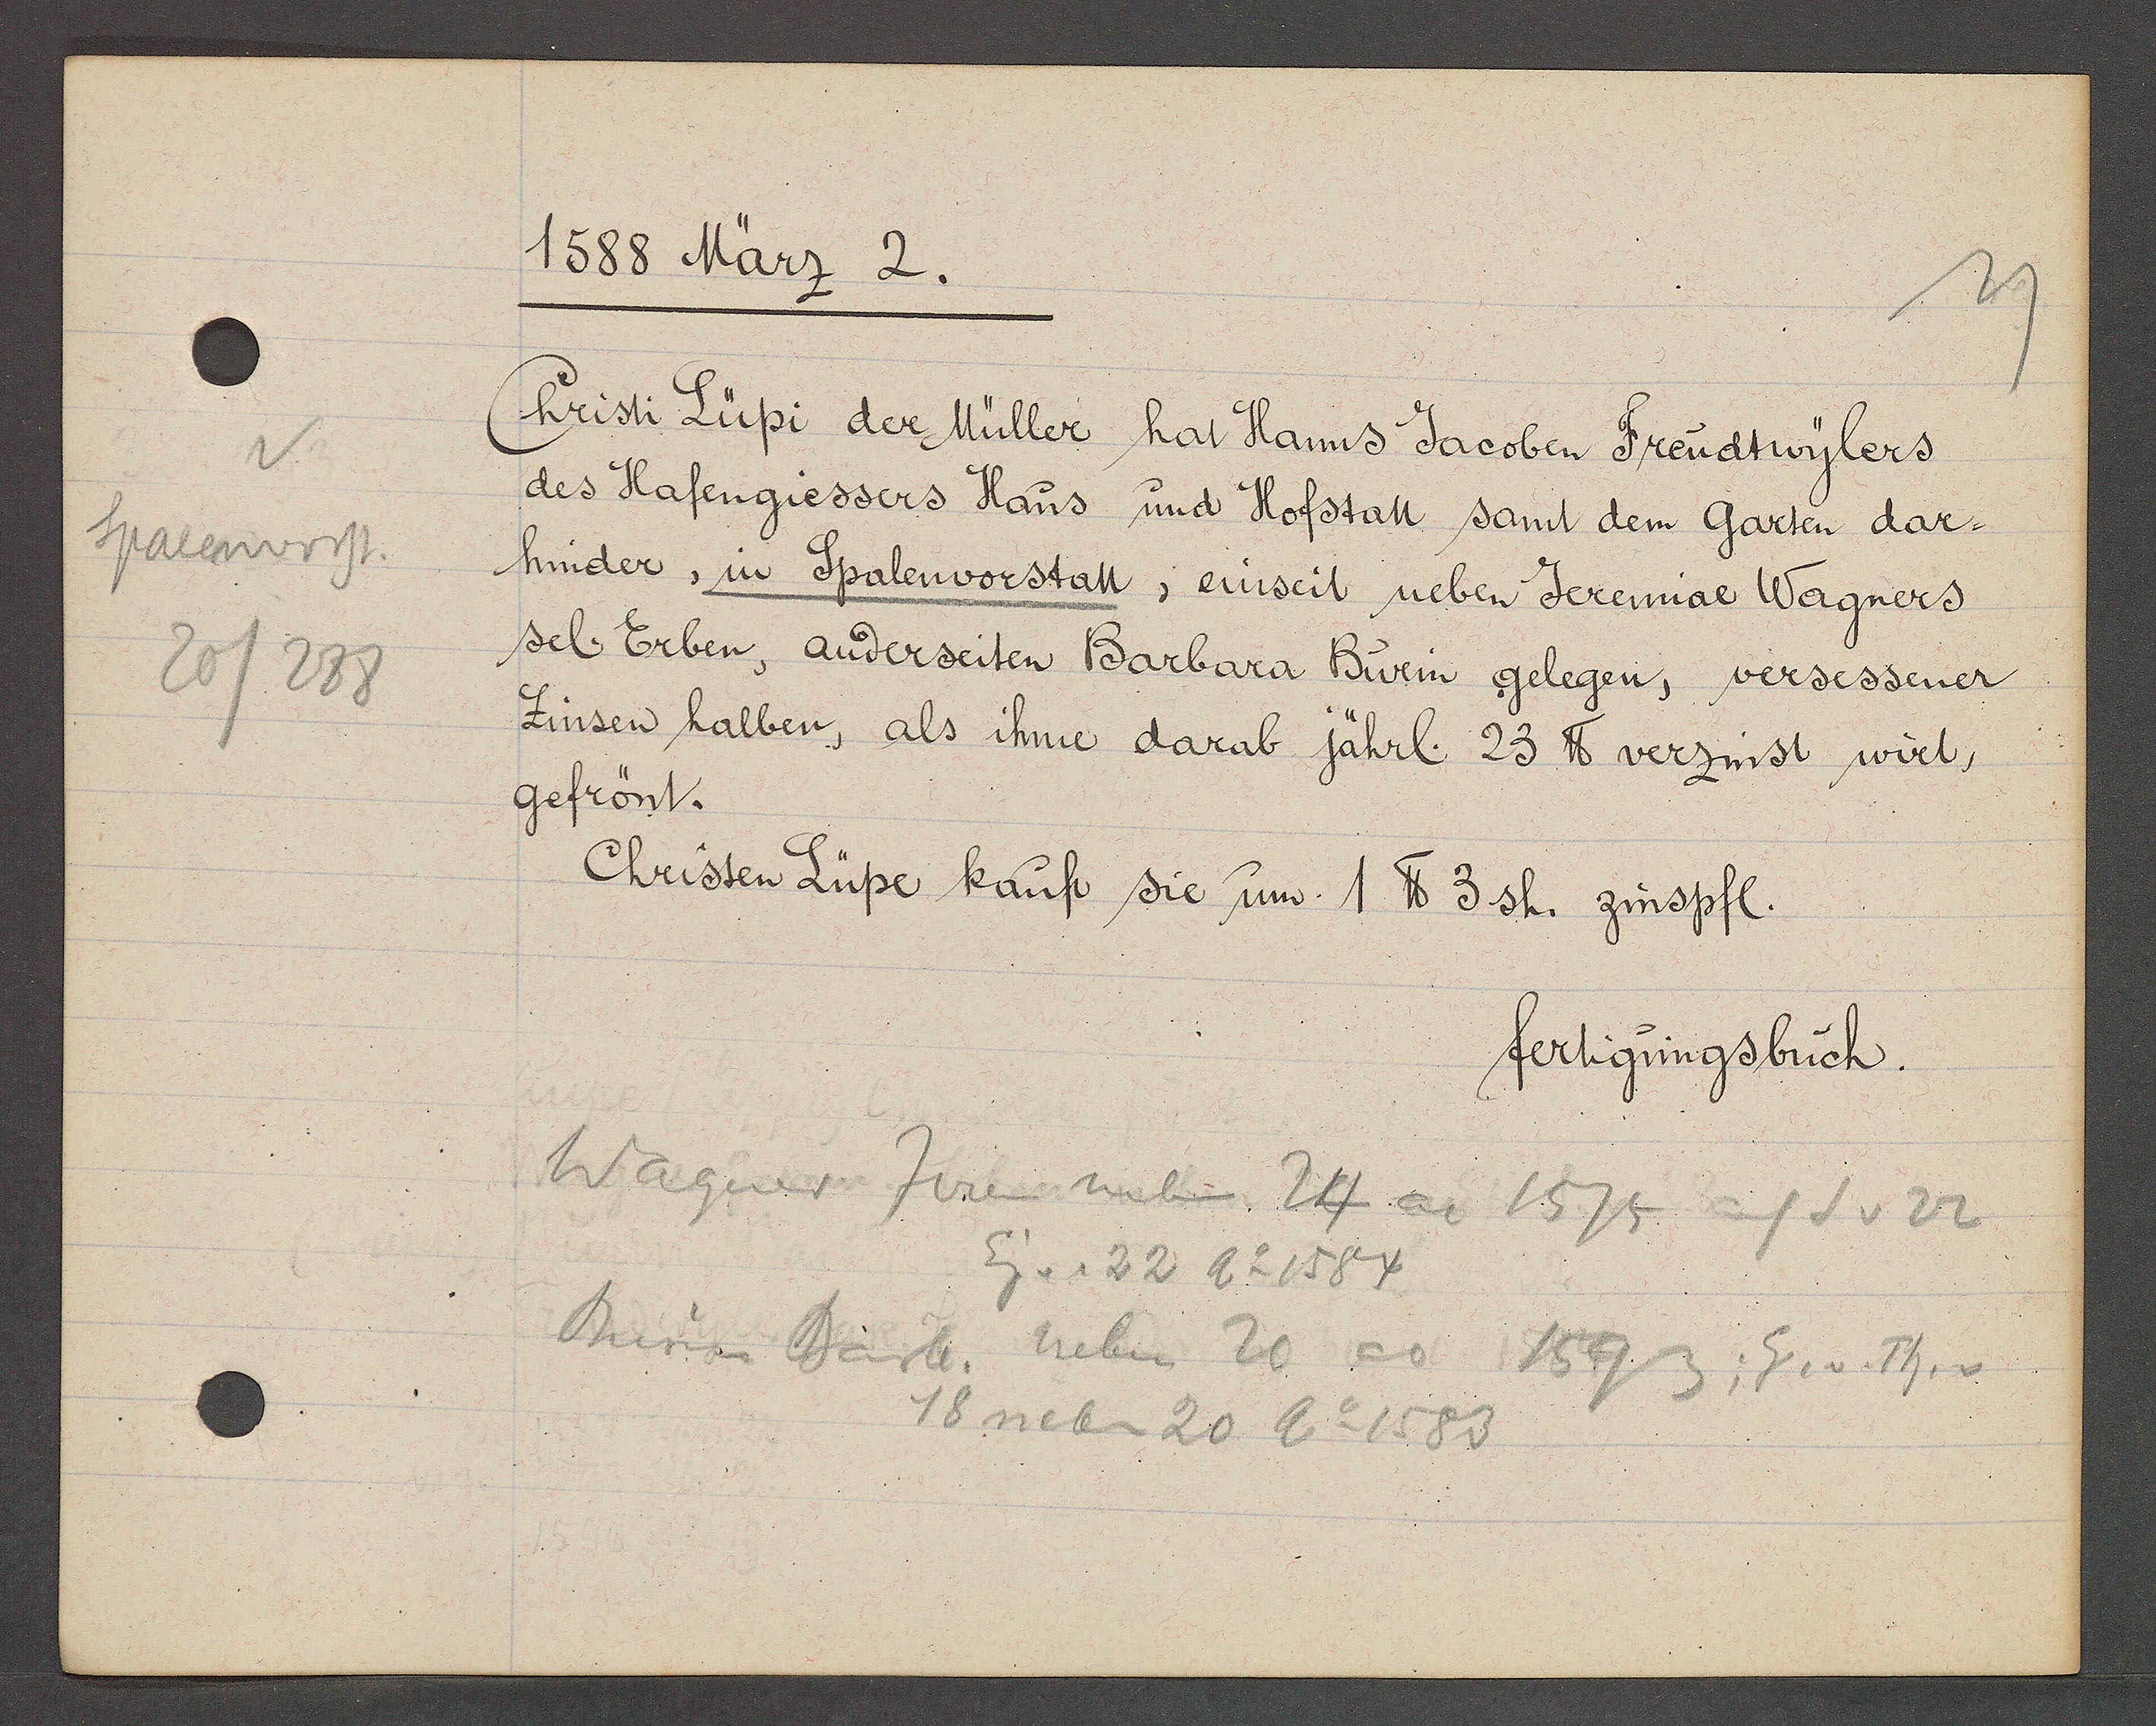
Transcript:
Spalenvorst.
20/288

1588 März 2.

Cristi Lüpi der Müller hat Hanns Jacoben Freudtwylers
des Hafengiessers Haus und Hofstatt samt dem Garten dar¬
hinder, in Spalenvorstatt, einseit neben Jeremiae Wagners
sel. Erben, anderseiten Barbara Bürin gelegen, versessener
Zinsen halber, als ihme darab jährl. 23 ℔ verzinst wirt,
gefrönt.

Christen Lüpe kauft sie um 1 ℔ 3 sh. zinspfl.
fertigungsbuch.

Wagner Jerem neben 24 ao
1575
auf S v 22
Eig v. 22 Ao 1584
Burin Barb. neben 20 ao 1593: Eg. v. Th. v
18 neben 20 Ao 1583